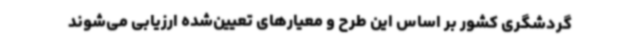
گردشگری کشور بر اساس این طرح و معیارهای تعیین‌شده ارزیابی می‌شوند